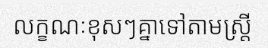
លក្ខណៈខុសៗគ្នាទៅតាមស្ត្រី